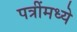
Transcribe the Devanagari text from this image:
पत्रींमध्ये